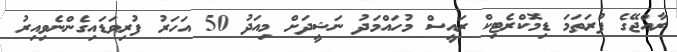
ރާއްޖޭގެ ފުރަތަމަ ޑިމޮކްރެޓިކް ރައީސް މުހައްމަދު ނަޝީދަށް މިއަދު 50 އަހަރު ފުރިވަޑައިގެންނެވިއިރު